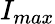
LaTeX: I_{max}